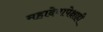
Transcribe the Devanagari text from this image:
महादेवापेक्षाही